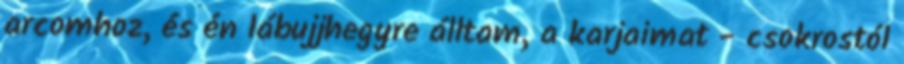
arcomhoz, és én lábujjhegyre álltam, a karjaimat - csokrostól